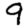
Digit: 9